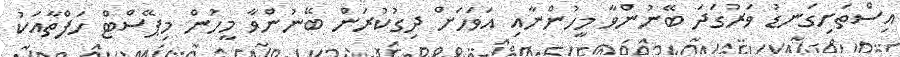
އިސްތަށިގަނޑު ވަރުގަދަ ބޭނުންވާ މީހުންނާއި އަވަހަށް ދިގުކުރަން ބޭނުންވާ މީހުން މިޕޭސްޓް ހަފްތާއަކު